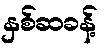
နှစ်ဆခန့်